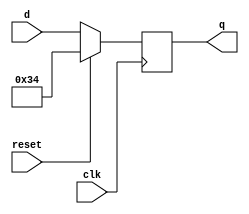
module top_module (
    input clk,
    input reset,
    input [7:0] d,
    output [7:0] q
);
    always @(negedge clk)
        begin
            if(reset)
                q<=16'h0x34;
            else
                q<=d;
        end

endmodule